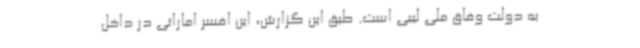
به دولت وفاق ملی لیبی است. طبق این گزارش، این افسر اماراتی در داخل